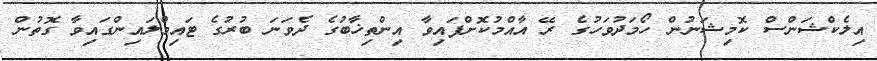
އިލެކްޝަންސް ކޮމިޝަނުން ހޯމަދުވަހުގެ ރޭ އާއްމުކޮށްފައިވާ އިންތިޚާބުގެ ދެވަނަ ބުރުގެ ޓައިމްލައިންގައިވާ ގޮތުން